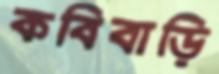
কবিবাড়ি